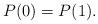
LaTeX: \begin{align*} P (0) = P (1).\end{align*}